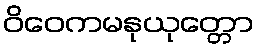
ဝိဝေကမနုယုတ္တော